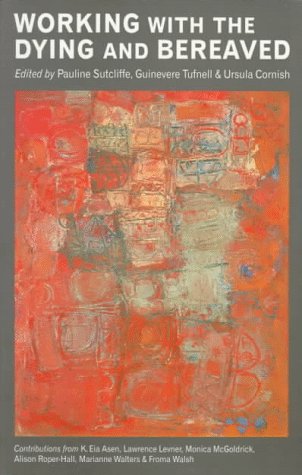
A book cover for Working with the Dying and Bereaved: Systemic Approaches to Therapeutic Work; Christian Books & Bibles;